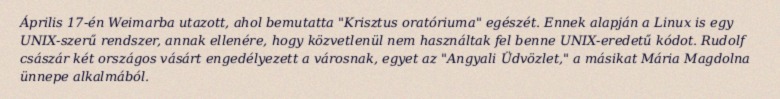
Április 17-én Weimarba utazott, ahol bemutatta "Krisztus oratóriuma" egészét. Ennek alapján a Linux is egy UNIX-szerű rendszer, annak ellenére, hogy közvetlenül nem használtak fel benne UNIX-eredetű kódot. Rudolf császár két országos vásárt engedélyezett a városnak, egyet az "Angyali Üdvözlet," a másikat Mária Magdolna ünnepe alkalmából.